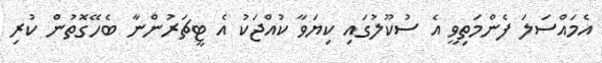
އެމައްސަލަ ފެންމަތިވީ އެ ސުކޫލުގައި ކިޔަވާ ކުއްޖަކު އެ ޓީޗަރުންނާ ބެހޭގޮތުން ކުރި